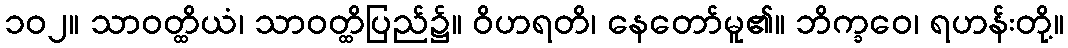
၁၀၂။ သာဝတ္ထိယံ၊ သာဝတ္ထိပြည်၌။ ဝိဟရတိ၊ နေတော်မူ၏။ ဘိက္ခဝေ၊ ရဟန်းတို့။